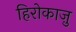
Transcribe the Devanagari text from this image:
हिरोकाज़ु